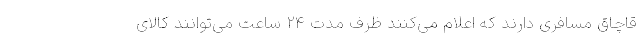
قاچاق مسافری دارند که اعلام می‌کنند ظرف مدت ۲۴ ساعت می‌توانند کالای